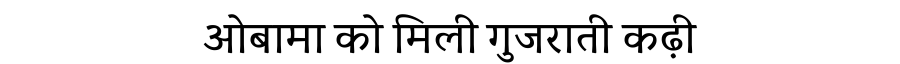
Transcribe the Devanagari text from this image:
ओबामा को मिली गुजराती कढ़ी